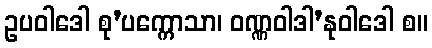
ဥပဝါဒေါ စု’ပက္ကောသာ၊ ဝဏ္ဏဝါဒါ’နုဝါဒေါ စ။